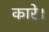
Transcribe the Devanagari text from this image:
कारे।